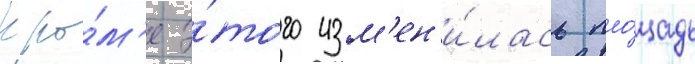
Кро́м'е э́того изм'ен'и́лась пло́щадь